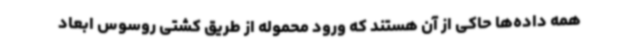
همه داده‌ها حاکی از آن هستند که ورود محموله از طریق کشتی روسوس ابعاد